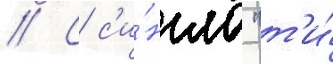
// С с'и́нгла "т'и́